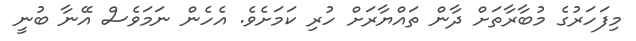
މިފަހަރުގެ މުބާރާތަށް ދާން ތައްޔާރަށް ހުރި ކަމަށެވެ. އެހެން ނަމަވެސް އޭޭނާ ބުނީ